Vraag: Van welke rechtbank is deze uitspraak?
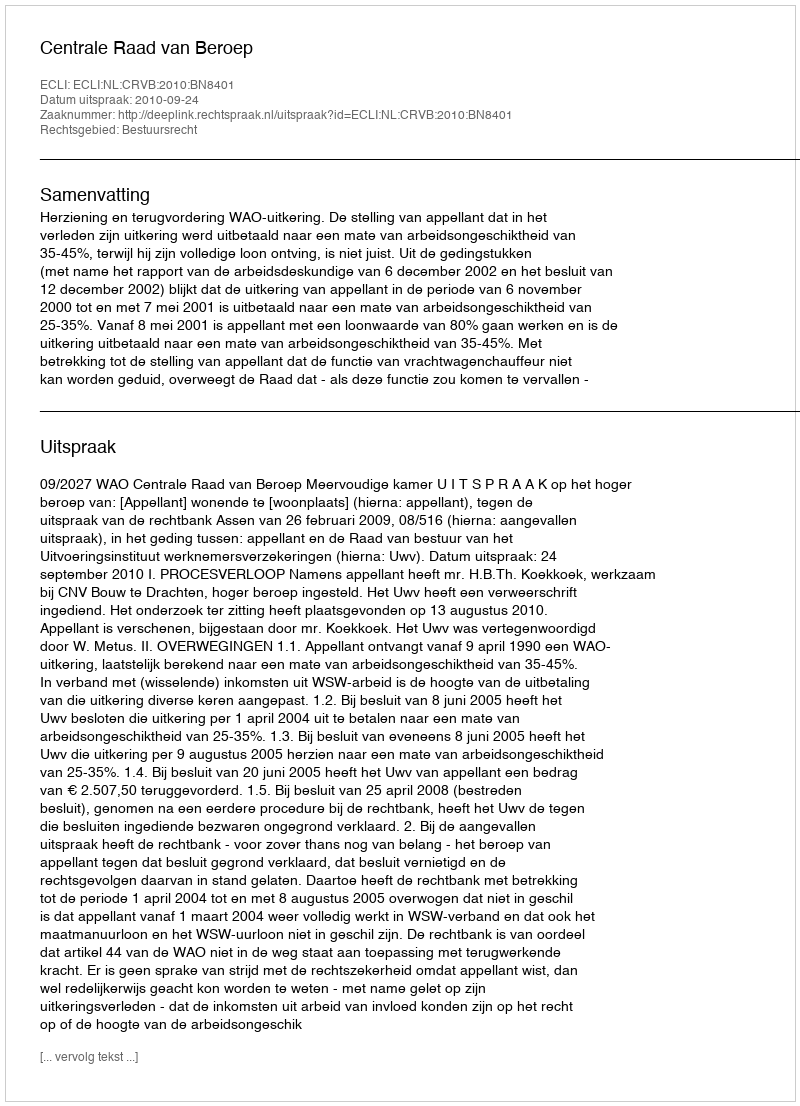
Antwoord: Centrale Raad van Beroep